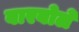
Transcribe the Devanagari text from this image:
बारबोले